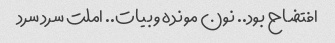
افتضاح بود.. نون مونده و بیات.. املت سرد سرد